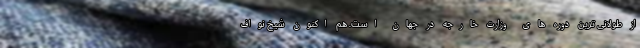
از طولانی ترین دوره های وزارت خارجه در جهان است. هم اکنون شیخ نواف